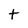
Character: t